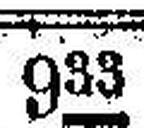
933